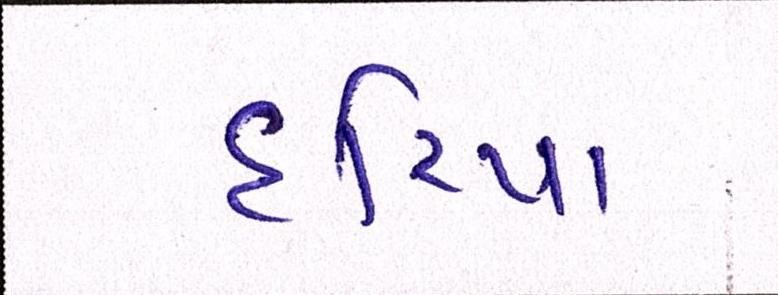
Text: દરિયા